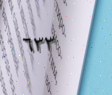
٦٣٣